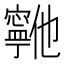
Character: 𫴞